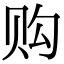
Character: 购